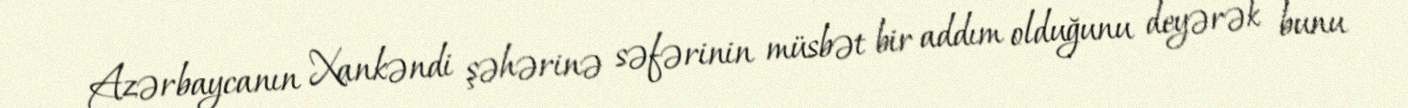
Azərbaycanın Xankəndi şəhərinə səfərinin müsbət bir addım olduğunu deyərək bunu